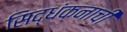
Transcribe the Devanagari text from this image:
सिद्धंकनाची